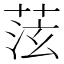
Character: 𫈞